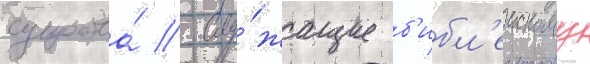
существа́ / слу́жащие б'ибл'еискому